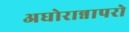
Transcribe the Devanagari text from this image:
अघोरान्नापरो